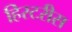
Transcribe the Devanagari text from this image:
हिस्टरीस